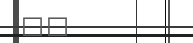
٧٠